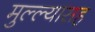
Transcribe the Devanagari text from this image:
मुल्ल्यासह